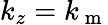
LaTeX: k_{z}=k_{\mathrm{~m~}}